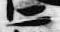
二